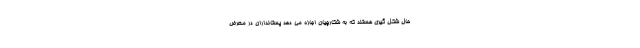
حال شکل گیری هستند که به شکارچیان اجازه می دهد پستانداران در معرض